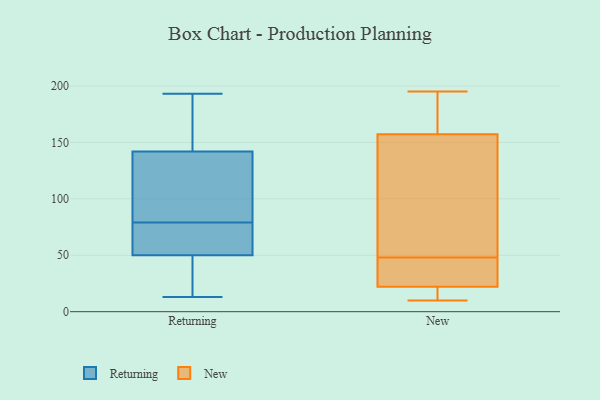
{"axis": {"x": "Net Income (USD K)", "y": "Value"}, "legend": ["New", "Returning"], "data": [{"x": "", "y": 24, "type": "Returning"}, {"x": "", "y": 77, "type": "Returning"}, {"x": "", "y": 129, "type": "Returning"}, {"x": "", "y": 121, "type": "Returning"}, {"x": "", "y": 70, "type": "Returning"}, {"x": "", "y": 193, "type": "Returning"}, {"x": "", "y": 142, "type": "Returning"}, {"x": "", "y": 186, "type": "Returning"}, {"x": "", "y": 50, "type": "Returning"}, {"x": "", "y": 154, "type": "Returning"}, {"x": "", "y": 16, "type": "Returning"}, {"x": "", "y": 17, "type": "Returning"}, {"x": "", "y": 53, "type": "Returning"}, {"x": "", "y": 81, "type": "Returning"}, {"x": "", "y": 50, "type": "Returning"}, {"x": "", "y": 13, "type": "Returning"}, {"x": "", "y": 109, "type": "Returning"}, {"x": "", "y": 153, "type": "Returning"}, {"x": "", "y": 151, "type": "New"}, {"x": "", "y": 192, "type": "New"}, {"x": "", "y": 13, "type": "New"}, {"x": "", "y": 32, "type": "New"}, {"x": "", "y": 167, "type": "New"}, {"x": "", "y": 19, "type": "New"}, {"x": "", "y": 195, "type": "New"}, {"x": "", "y": 51, "type": "New"}, {"x": "", "y": 40, "type": "New"}, {"x": "", "y": 45, "type": "New"}, {"x": "", "y": 18, "type": "New"}, {"x": "", "y": 48, "type": "New"}, {"x": "", "y": 176, "type": "New"}, {"x": "", "y": 154, "type": "New"}, {"x": "", "y": 52, "type": "New"}, {"x": "", "y": 10, "type": "New"}, {"x": "", "y": 23, "type": "New"}]}